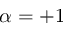
\alpha = + 1